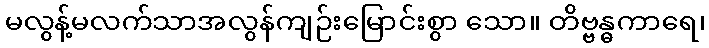
မလွန့်မလက်သာအလွန်ကျဉ်းမြောင်းစွာ သော။ တိဗ္ဗန္ဓကာရေ၊